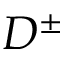
D ^ { \pm }